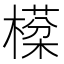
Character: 㯣